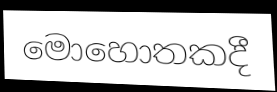
මොහොතකදී